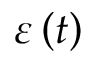
\varepsilon \left( t \right)